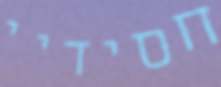
חסידיי